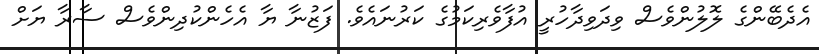
އެދެބޭންގެ ލޮލުންވެސް ވިދަވިދާހުރީ އުފާވެރިކަމުގެ ކަރުނައެވެ. ފަޒުނާ ޔާ އެހެންކުދިންވެސް ސާރާ ޔަށް